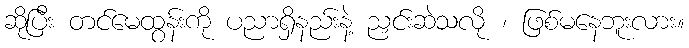
ဆိုပြီး တင်မေထွန်းကို ပညာရှိနည်းနဲ့ ညှင်းဆဲသလို ၊ ဖြစ်မနေဘူးလား။